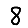
Digit: 8